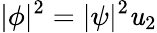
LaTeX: |\phi|^{2}=|\psi|^{2}\mathit{u}_{2}